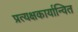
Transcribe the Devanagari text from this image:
प्रत्यक्षकार्यान्वित